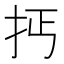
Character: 𢪪